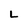
Character: L